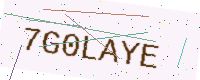
Text: 7G0LAYE